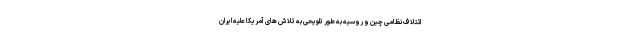
ائتلاف نظامی چین و روسیه به طور تلویحی به تلاش های آمریکا علیه ایران